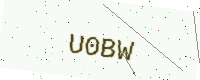
Text: U0BW